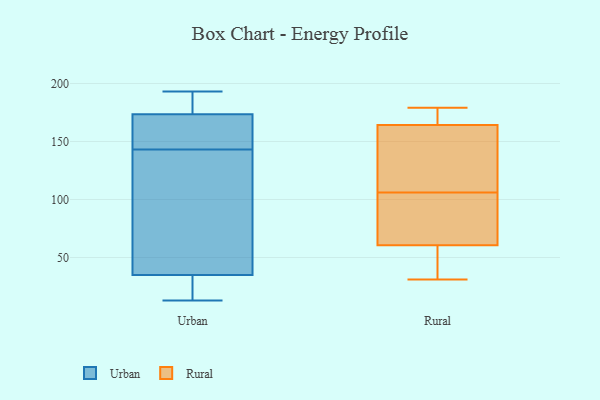
{"axis": {"x": "Website Visitors", "y": "Value"}, "legend": ["Rural", "Urban"], "data": [{"x": "", "y": 171, "type": "Urban"}, {"x": "", "y": 13, "type": "Urban"}, {"x": "", "y": 133, "type": "Urban"}, {"x": "", "y": 181, "type": "Urban"}, {"x": "", "y": 36, "type": "Urban"}, {"x": "", "y": 152, "type": "Urban"}, {"x": "", "y": 26, "type": "Urban"}, {"x": "", "y": 152, "type": "Urban"}, {"x": "", "y": 187, "type": "Urban"}, {"x": "", "y": 41, "type": "Urban"}, {"x": "", "y": 121, "type": "Urban"}, {"x": "", "y": 143, "type": "Urban"}, {"x": "", "y": 159, "type": "Urban"}, {"x": "", "y": 193, "type": "Urban"}, {"x": "", "y": 32, "type": "Urban"}, {"x": "", "y": 19, "type": "Urban"}, {"x": "", "y": 184, "type": "Urban"}, {"x": "", "y": 31, "type": "Rural"}, {"x": "", "y": 172, "type": "Rural"}, {"x": "", "y": 47, "type": "Rural"}, {"x": "", "y": 105, "type": "Rural"}, {"x": "", "y": 35, "type": "Rural"}, {"x": "", "y": 162, "type": "Rural"}, {"x": "", "y": 65, "type": "Rural"}, {"x": "", "y": 163, "type": "Rural"}, {"x": "", "y": 179, "type": "Rural"}, {"x": "", "y": 106, "type": "Rural"}, {"x": "", "y": 100, "type": "Rural"}, {"x": "", "y": 168, "type": "Rural"}, {"x": "", "y": 110, "type": "Rural"}]}